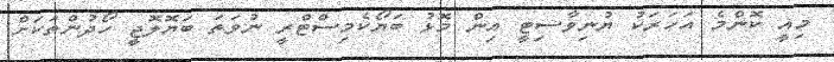
މިއީ ކޮންމެ އަހަރަކު ޔުނިވާސިޓީ އިން މޮޅު ބަޔޯކެމިސްޓްރީ ނުވަތަ ބަޔޮލޮޖީ ހޯދުންތަކަށް